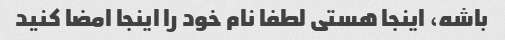
باشه، اینجا هستی لطفا نام خود را اینجا امضا کنید